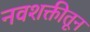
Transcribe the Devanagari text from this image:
नवशक्तीतून